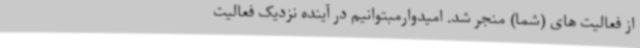
از فعالیت های (شما) منجر شد. امیدوارمبتوانیم در آینده نزدیک فعالیت